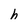
Character: h